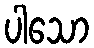
ပါသော